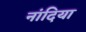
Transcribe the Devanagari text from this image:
नांदिया